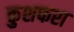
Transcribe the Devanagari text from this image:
कुशफरा